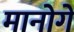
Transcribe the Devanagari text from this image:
मानोगे